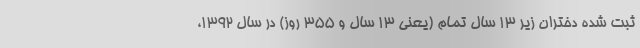
ثبت شده دختران زیر ۱۳ سال تمام (یعنی ۱۳ سال و ۳۵۵ روز) در سال ۱۳۹۲،